Scottish Leaving Certificate Examination, 1959
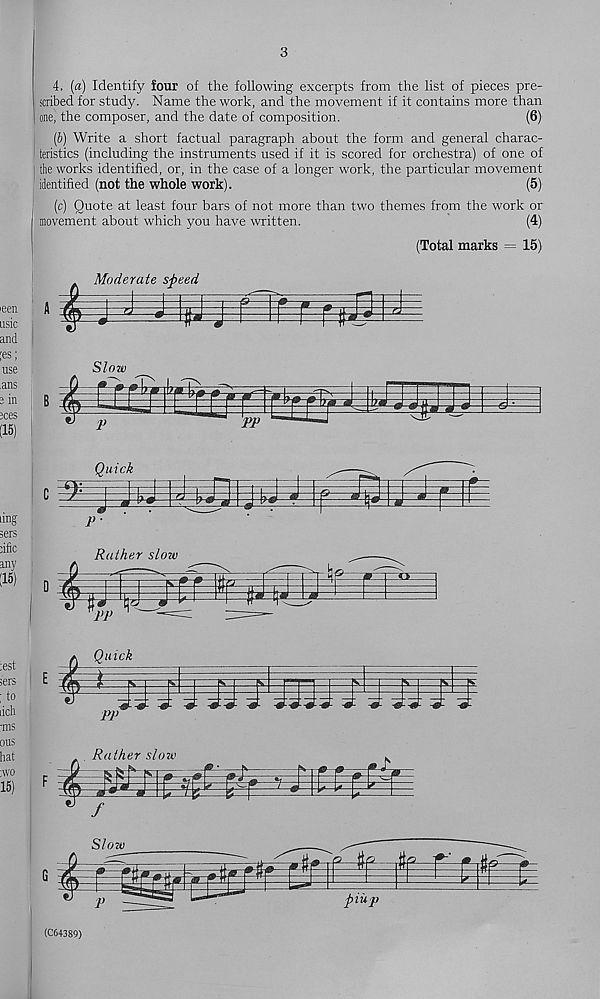
3
4. (a) Identify four of the following excerpts from the list of pieces pre-
scribed for study. Name the work, and the movement if it contains more than
one, the composer, and the date of composition.
(6)
(b) Write a short factual paragraph about the form and general charac-
teristics (including the instruments used if it is scored for orchestra) of one of
| the works identified, or, in the case of a longer work, the particular movement
identified (not the whole work).
(5)
(c) Quote at least four bars of not more than two themes from the work or
movement about which you have written.
(4)
(Total marks = 15)